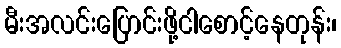
မီးအလင်းပြောင်းဖို့ငါစောင့်နေတုန်း၊